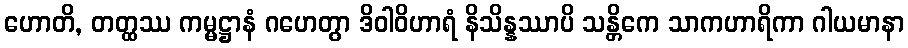
ဟောတိ, တတ္ထဿ ကမ္မဋ္ဌာနံ ဂဟေတွာ ဒိဝါဝိဟာရံ နိသိန္နဿာပိ သန္တိကေ သာကဟာရိကာ ဂါယမာနာ